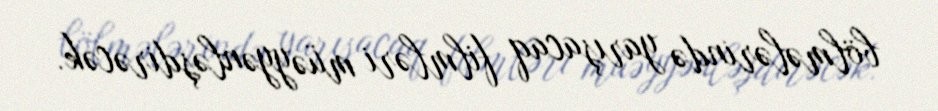
bölmələrində yarışacaq filmləri müəyyənləşdirəcək.